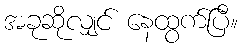
အခုဆိုလျှင် နေထွက်ပြီ။